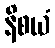
နိစယံ